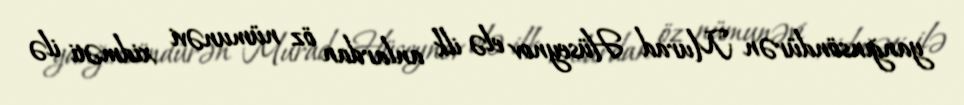
yanğınsöndürən Murad Hüseynov elə ilk anlardan öz nümunəvi xidməti ilə